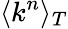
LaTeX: \langle k^{n}\rangle_{T}